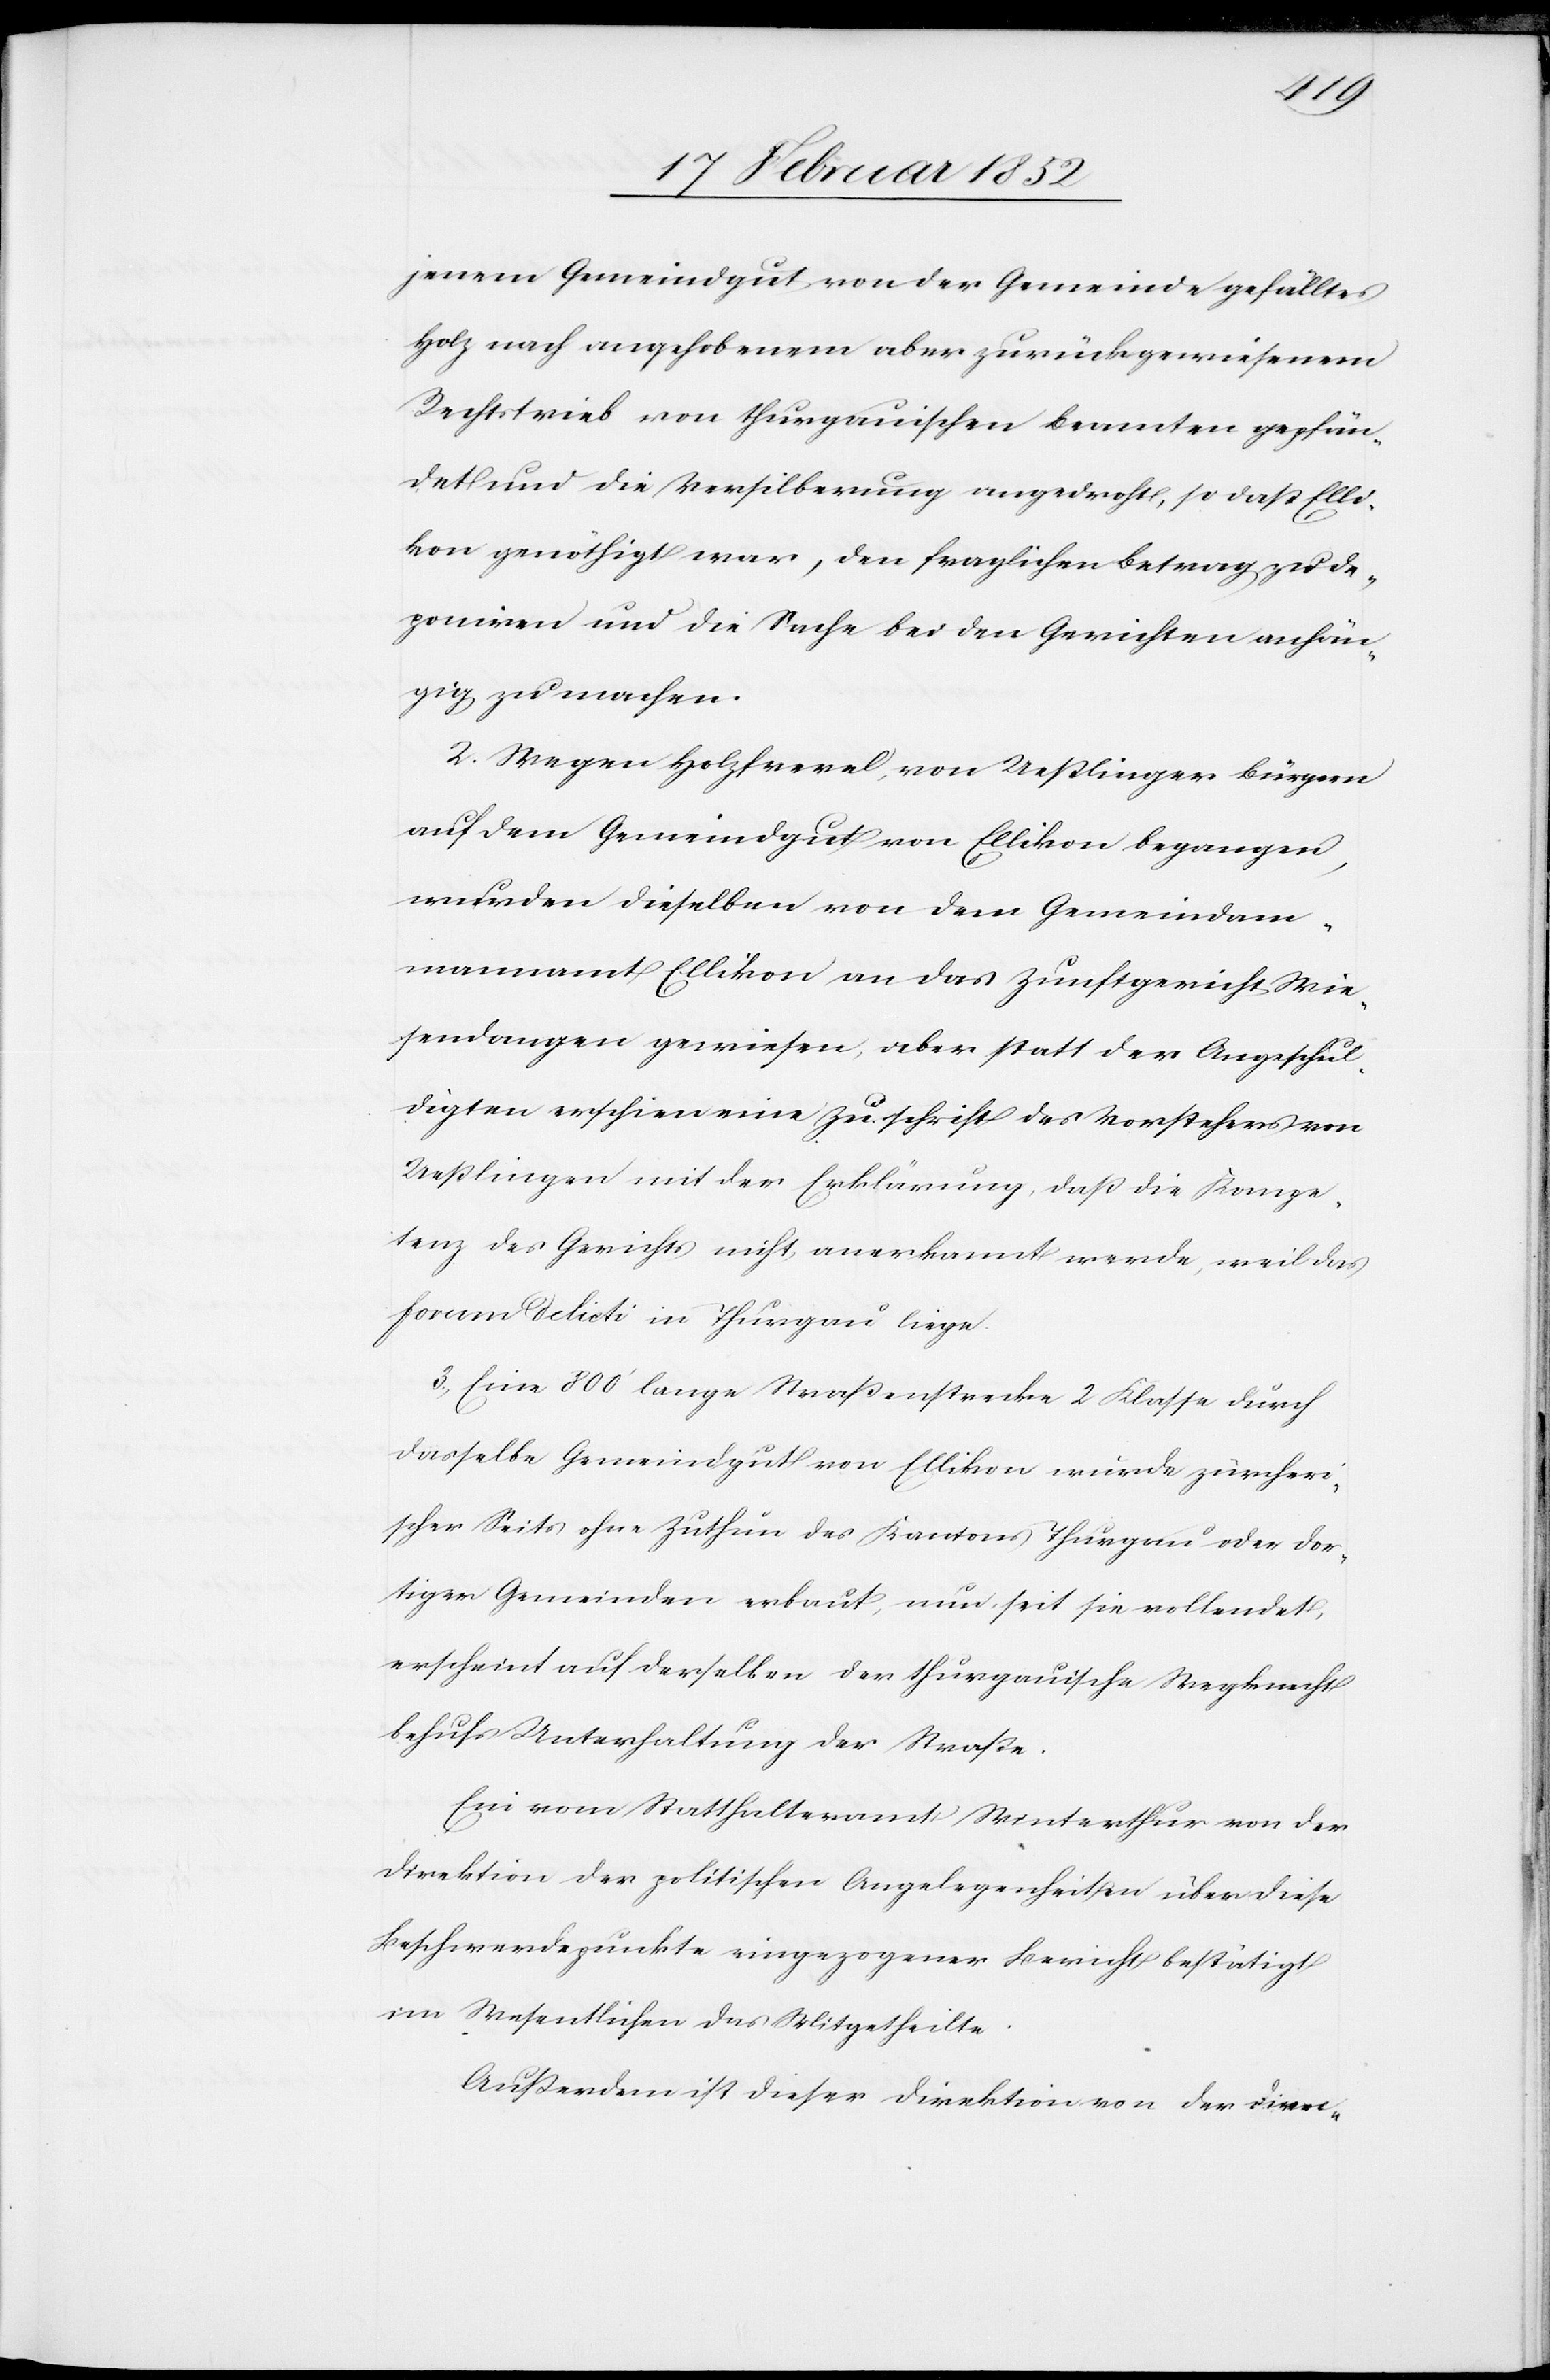
jenem Gemeindgut von der Gemeinde gefälltes
Holz nach angehobenem aber zurückgewiesenem
Rechtstrieb von thurgauischen Beamten gepfän¬
det und die Versilberung angedroht, so daß Elli¬
kon genöthigt war, den fraglichen Betrag zu de¬
poniren und die Sache bei den Gerichten anhän¬
gig zu machen.
2. Wegen Holzfrevel von Ueßlinger Bürgern
auf dem Gemeindgut von Ellikon begangen,
wurden dieselben von dem Gemeindam¬
mannamt Ellikon an das Zunftgericht Wie¬
sendangen gewiesen, aber statt der Angeschul¬
digten erschien eine Zuschrift des Vorstehers von
Ueßlingen mit der Erklärung, daß die Kompe¬
tenz des Gerichts nicht anerkannt werde, weil das
forum delicti in Thurgau liege.
3.) Eine 800’ lange Straßenstrecke 2 Klasse durch
dasselbe Gemeindgut von Ellikon wurde zürcheri¬
scher Seits ohne Zuthun des Kantons Thurgau oder dor¬
tiger Gemeinden erbaut, und seit sie vollendet,
erscheint auf derselben der thurgauische Wegknecht
behufs Unterhaltung der Straße.
Ein vom Statthalteramt Winterthur von der
Direktion der politischen Angelegenheiten über diese
Beschwerdepunkte eingezogener Bericht bestätigt
im Wesentlichen das Mitgetheilte.
Außerdem ist dieser Direktion von der Direc-